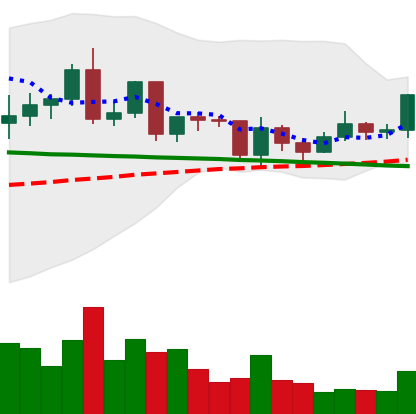
Ticker: ETC-USD
Chart end date: 2020-12-16
Forward return: -4.745%
Label: down_3_5